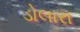
ડોલારા